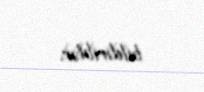
bildiriblər.